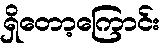
ရှိတော့ကြောင်း